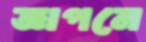
জ্ঞাপনে